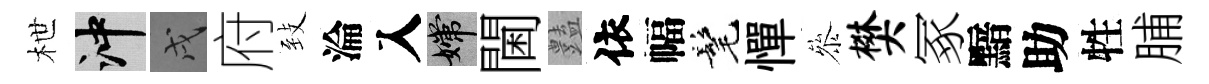
枻冲戌府𦤺淪入嫦閫𧰟依幅髦憚叅樊冢黯助牲脯